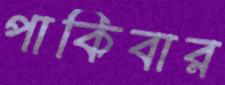
পাকিবার